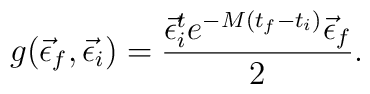
g(\vec\epsilon_f,\vec\epsilon_i)=\frac{\vec\epsilon_i^te^{-M(t_f-t_i)}\vec\epsilon_f}{2}.